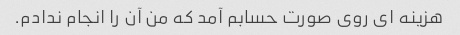
هزینه ای روی صورت حسابم آمد که من آن را انجام ندادم.